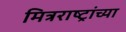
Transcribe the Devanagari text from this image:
मित्रराष्ट्रांच्या